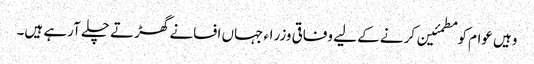
وہیں عوام کو مطمئین کرنے کے لیے وفاقی وزراء جہاں افسانے گھڑتے چلے آرہے ہیں۔